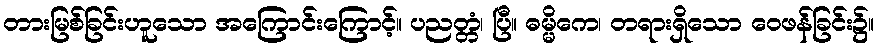
တားမြစ်ခြင်းဟူသော အကြောင်းကြောင့်။ ပညတ္တံ၊ ပြီ။ ဓမ္မိကေ၊ တရားရှိသော ဝေဖန်ခြင်း၌။